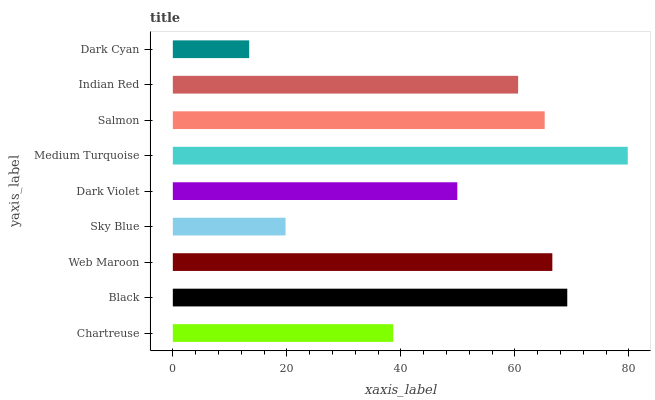
| yaxis_label | bars |
 | --- | --- |
 | Chartreuse | 38.7 |
 | Black | 69.2 |
 | Web Maroon | 66.6 |
 | Sky Blue | 19.8 |
 | Dark Violet | 49.9 |
 | Medium Turquoise | 79.8 |
 | Salmon | 65.2 |
 | Indian Red | 60.6 |
 | Dark Cyan | 13.4 |